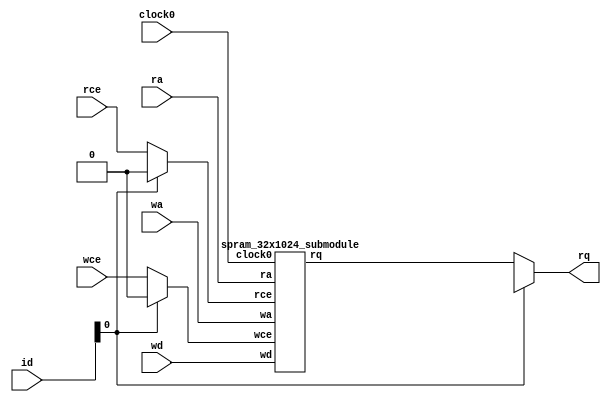
module spram_32x1024 #(parameter Total_instances = 1) 
(
	clock0,
	rce,
	ra,
	rq,
	wce,
	wa,
	wd,
	id
);
parameter AWIDTH = 10;
parameter DWIDTH = 32;
input                               clock0;
input                               rce   ;
input  [                 AWIDTH-1:0] ra    ;
output [                 DWIDTH-1:0] rq    ;
input                               wce   ;
input  [                 AWIDTH-1:0] wa    ;
input  [                 DWIDTH-1:0] wd    ;
input  [$clog2(Total_instances)-1:0] id    ;



genvar  i;
integer j;

wire [DWIDTH-1:0]rq_Array[0:Total_instances-1];
reg rce_Array[0:Total_instances-1];
reg wce_Array[0:Total_instances-1];


generate
	for(i=0;i<Total_instances;i=i+1)begin
		spram_32x1024_submodule spram_32x1024_submodule (
			.clock0(clock0      ),
			.rce   (rce_Array[i]),
			.ra    (ra          ),
			.rq    (rq_Array[i] ),
			.wce   (wce_Array[i]),
			.wa    (wa          ),
			.wd    (wd          )
		);
	end
endgenerate

always @(*)begin

	for(j=0;j<Total_instances;j=j+1)begin
		rce_Array[j] = 'd0;
		wce_Array[j] = 'd0;
	end
		rce_Array[id] = rce;
		wce_Array[id] = wce;
end

assign rq = rq_Array[id];
endmodule
module spram_32x1024_submodule (
	clock0,
	rce,
	ra,
	rq,
	wce,
	wa,
	wd
);

parameter AWIDTH = 10;
parameter DWIDTH = 32;

input  					clock0;
input                   rce;
input      [AWIDTH-1:0] ra;
output reg [DWIDTH-1:0] rq;
input                   wce;
input      [AWIDTH-1:0] wa;
input      [DWIDTH-1:0] wd;
reg        [DWIDTH-1:0] memory[0:(2**AWIDTH)-1];

always @(posedge clock0) 
begin
	if (rce)
		rq <= memory[ra];
	if (wce)
		memory[wa] <= wd;
end

integer i;
initial
begin
	for(i = 0; i < ((2**AWIDTH)-1); i = i + 1)
		memory[i] = 0;
end

endmodule